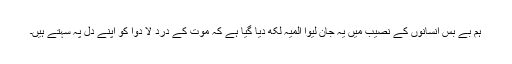
ہم بے بس انسانوں کے نصیب میں یہ جان لیوا المیہ لکھ دیا گیا ہے کہ موت کے درد لا دوا کو اپنے دل پہ سہتے ہیں۔